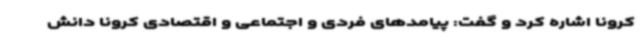
کرونا اشاره کرد و گفت: پیامدهای فردی و اجتماعی و اقتصادی کرونا دانش